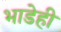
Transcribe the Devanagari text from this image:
भाडेही